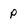
Character: p